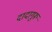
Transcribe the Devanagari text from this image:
दादागुरू